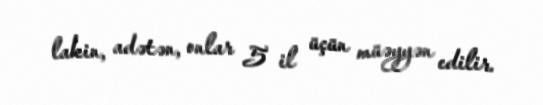
lakin, adətən, onlar 5 il üçün müəyyən edilir.